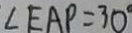
\angle E A P = 3 0 ^ { \circ }